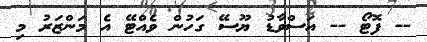
-- ފޮޓޯ -- އަސްވާޑު ޔޫސޭ ގަހުން ވެއްޓޭ އެ މަންޒަރު މި